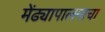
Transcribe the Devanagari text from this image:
मेंढ्यापालनाचा